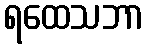
ရထေသဘာ